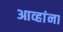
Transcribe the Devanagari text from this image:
आव्हांना